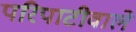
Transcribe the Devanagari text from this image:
परिपाटीवाले